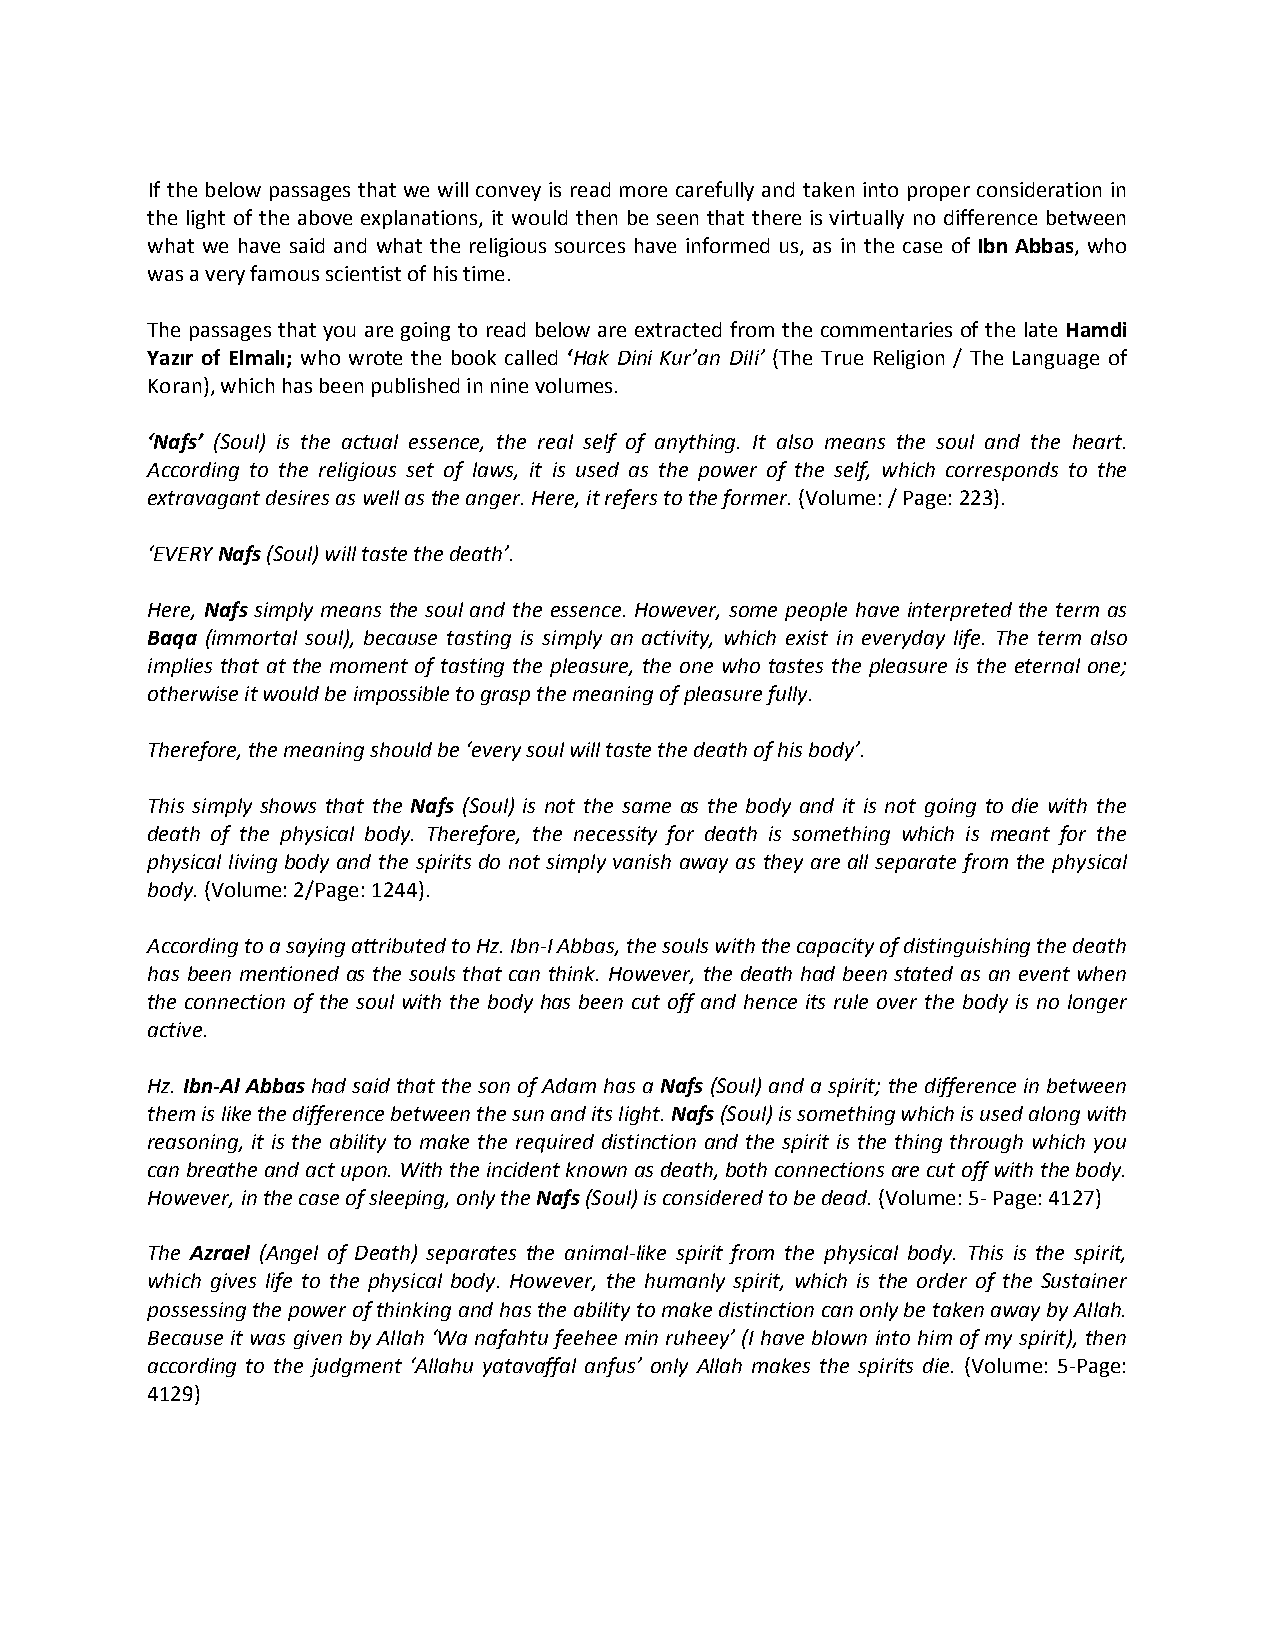
If the below passages that we will convey is read more carefully and taken into proper consideration in
 the light of the above explanations, it would then be seen that there is virtually no difference between
 what we have said and what the religious sources have informed us, as in the case of Ibn Abbas, who
 was a very famous scientist of his time.
 The passages that you are going to read below are extracted from the commentaries of the late Hamdi
 Yazır of Elmalı; who wrote the book called ‘Hak Dini Kur’an Dili’ (The True Religion / The Language of
 Koran), which has been published in nine volumes.
 ‘Nafs’ (Soul) is the actual essence, the real self of anything. It also means the soul and the heart.
 According to the religious set of laws, it is used as the power of the self, which corresponds to the
 extravagant desires as well as the anger. Here, it refers to the former. (Volume: / Page: 223).
 ‘EVERY Nafs (Soul) will taste the death’.
 Here, Nafs simply means the soul and the essence. However, some people have interpreted the term as
 Baqa (immortal soul), because tasting is simply an activity, which exist in everyday life. The term also
 implies that at the moment of tasting the pleasure, the one who tastes the pleasure is the eternal one;
 otherwise it would be impossible to grasp the meaning of pleasure fully.
 Therefore, the meaning should be ‘every soul will taste the death of his body’.
 This simply shows that the Nafs (Soul) is not the same as the body and it is not going to die with the
 death of the physical body. Therefore, the necessity for death is something which is meant for the
 physical living body and the spirits do not simply vanish away as they are all separate from the physical
 body. (Volume: 2/Page: 1244).
 According to a saying attributed to Hz. Ibn-I Abbas, the souls with the capacity of distinguishing the death
 has been mentioned as the souls that can think. However, the death had been stated as an event when
 the connection of the soul with the body has been cut off and hence its rule over the body is no longer
 active.
 Hz. Ibn-Al Abbas had said that the son of Adam has a Nafs (Soul) and a spirit; the difference in between
 them is like the difference between the sun and its light. Nafs (Soul) is something which is used along with
 reasoning, it is the ability to make the required distinction and the spirit is the thing through which you
 can breathe and act upon. With the incident known as death, both connections are cut off with the body.
 However, in the case of sleeping, only the Nafs (Soul) is considered to be dead. (Volume: 5- Page: 4127)
 The Azrael (Angel of Death) separates the animal-like spirit from the physical body. This is the spirit,
 which gives life to the physical body. However, the humanly spirit, which is the order of the Sustainer
 possessing the power of thinking and has the ability to make distinction can only be taken away by Allah.
 Because it was given by Allah ‘Wa nafahtu feehee min ruheey’ (I have blown into him of my spirit), then
 according to the judgment ‘Allahu yatavaffal anfus’ only Allah makes the spirits die. (Volume: 5-Page:
 4129)